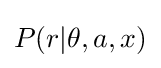
P(r|\theta ,a,x)